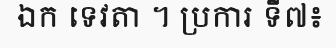
ឯក ទេវតា ។ ប្រការ ទី៧៖